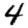
Digit: 4